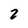
Character: 2